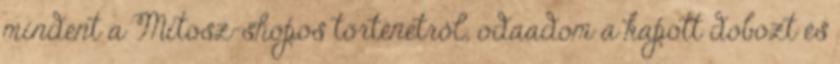
mindent a Mítosz-shopos történetről, odaadom a kapott dobozt és